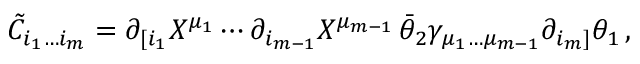
\tilde { C } _ { i _ { 1 } \ldots i _ { m } } = \partial _ { [ i _ { 1 } } X ^ { \mu _ { 1 } } \cdots \partial _ { i _ { m - 1 } } X ^ { \mu _ { m - 1 } } \, \bar { \theta } _ { 2 } \gamma _ { \mu _ { 1 } \ldots \mu _ { m - 1 } } \partial _ { i _ { m } ] } \theta _ { 1 } \, ,